Vaccination in Bombay 1869-1873 - 1869-1873
Year: 1869
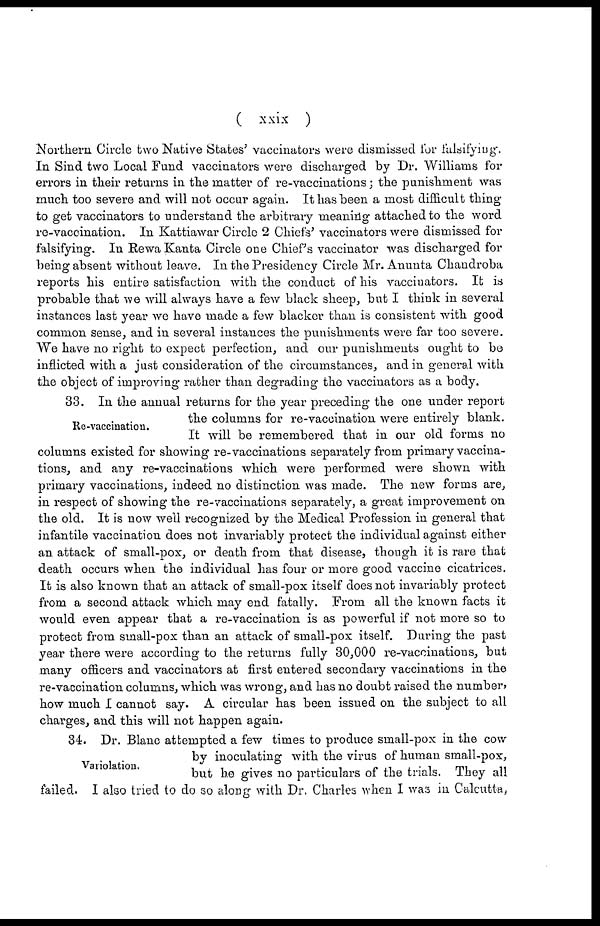
( xxix )
Northern Circle two Native States' vaccinators were dismissed for falsifying".
In Sind two Local Fund vaccinators were discharged by Dr. Williams for
errors in their returns in the matter of re-vaccinations; the punishment was
much too severe and will not occur again. It has been a most difficult thing
to get vaccinators to understand the arbitrary meaning attached to the word
re-vaccination. In Kattiawar Circle 2 Chiefs' vaccinators were dismissed for
falsifying. In Rewa Kanta Circle one Chief's vaccinator was discharged for
being absent without leave. In the Presidency Circle Mr. Anunta Chandroba
reports his entire satisfaction with the conduct of his vaccinators. It is
probable that we will always have a few black sheep, but I think in several
instances last year we have made a few blacker than is consistent with good
common sense, and in several instances the punishments were far too severe.
We have no right to expect perfection, and our punishments ought to be
inflicted with a just consideration of the circumstances, and in general with
the object of improving rather than degrading the vaccinators as a body.
Re-vaccination.
33. In the annual returns for the year preceding the one under report
the columns for re-vaccination were entirely blank.
It will be remembered that in our old forms no
columns existed for showing re-vaccinations separately from primary vaccina-
tions, and any re-vaccinations which were performed were shown with
primary vaccinations, indeed no distinction was made. The new forms are,
in respect of showing the re-vaccinations separately, a great improvement on
the old. It is now well recognized by the Medical Profession in general that
infantile vaccination does not invariably protect the individual against either
an attack of small-pox, or death from that disease, though it is rare that
death occurs when the individual has four or more good vaccine cicatrices.
It is also known that an attack of small-pox itself does not invariably protect
from a second attack which may end fatally. From all the known facts it
would even appear that a re-vaccination is as powerful if not more so to
protect from small-pox than an attack of small-pox itself. During the past
year there were according to the returns fully 30,000 re-vaccinations, but
many officers and vaccinators at first entered secondary vaccinations in the
re-vaccination columns, which was wrong, and has no doubt raised the number,
how much I cannot say. A circular has been issued on the subject to all
charges, and this will not happen again.
Variolation.
34. Dr. Blanc attempted a few times to produce small-pox in the cow
by inoculating with the virus of human small-pox,
but he gives no particulars of the trials. They all
failed. I also tried to do so along with Dr. Charles when I was in Calcutta,